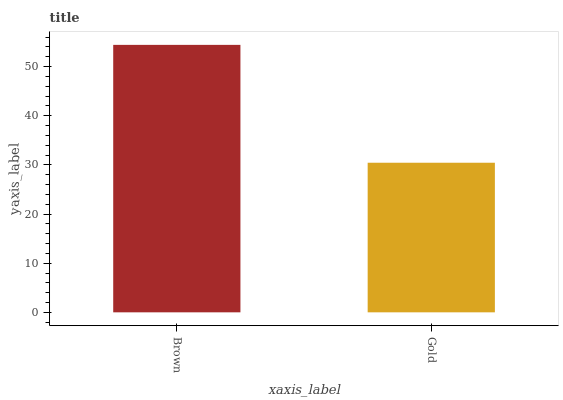
| xaxis_label | bars |
 | --- | --- |
 | Brown | 54.4 |
 | Gold | 30.4 |